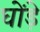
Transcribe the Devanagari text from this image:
घोंड़े